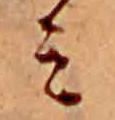
ミ